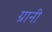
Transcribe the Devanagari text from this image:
ग्रानी